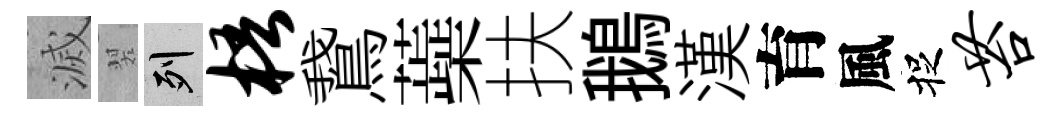
滅翠列梧鵞蘃扶鵝漢育風捉苔